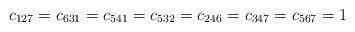
LaTeX: \begin{align*}c_{127}=c_{631}=c_{541}=c_{532}=c_{246}=c_{347}=c_{567}=1\end{align*}